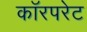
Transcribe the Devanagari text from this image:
कॉरपरेट